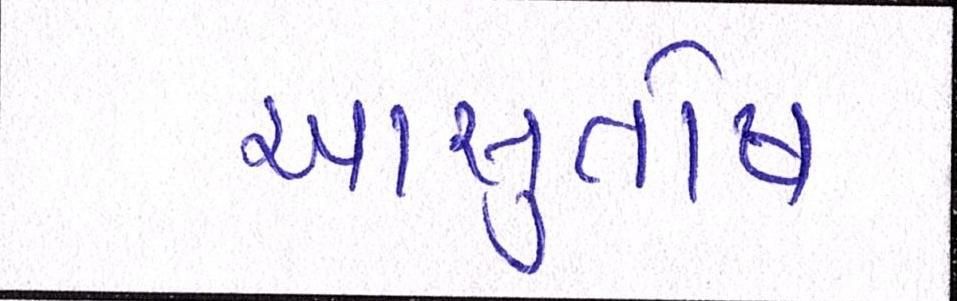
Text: આસુતોષ